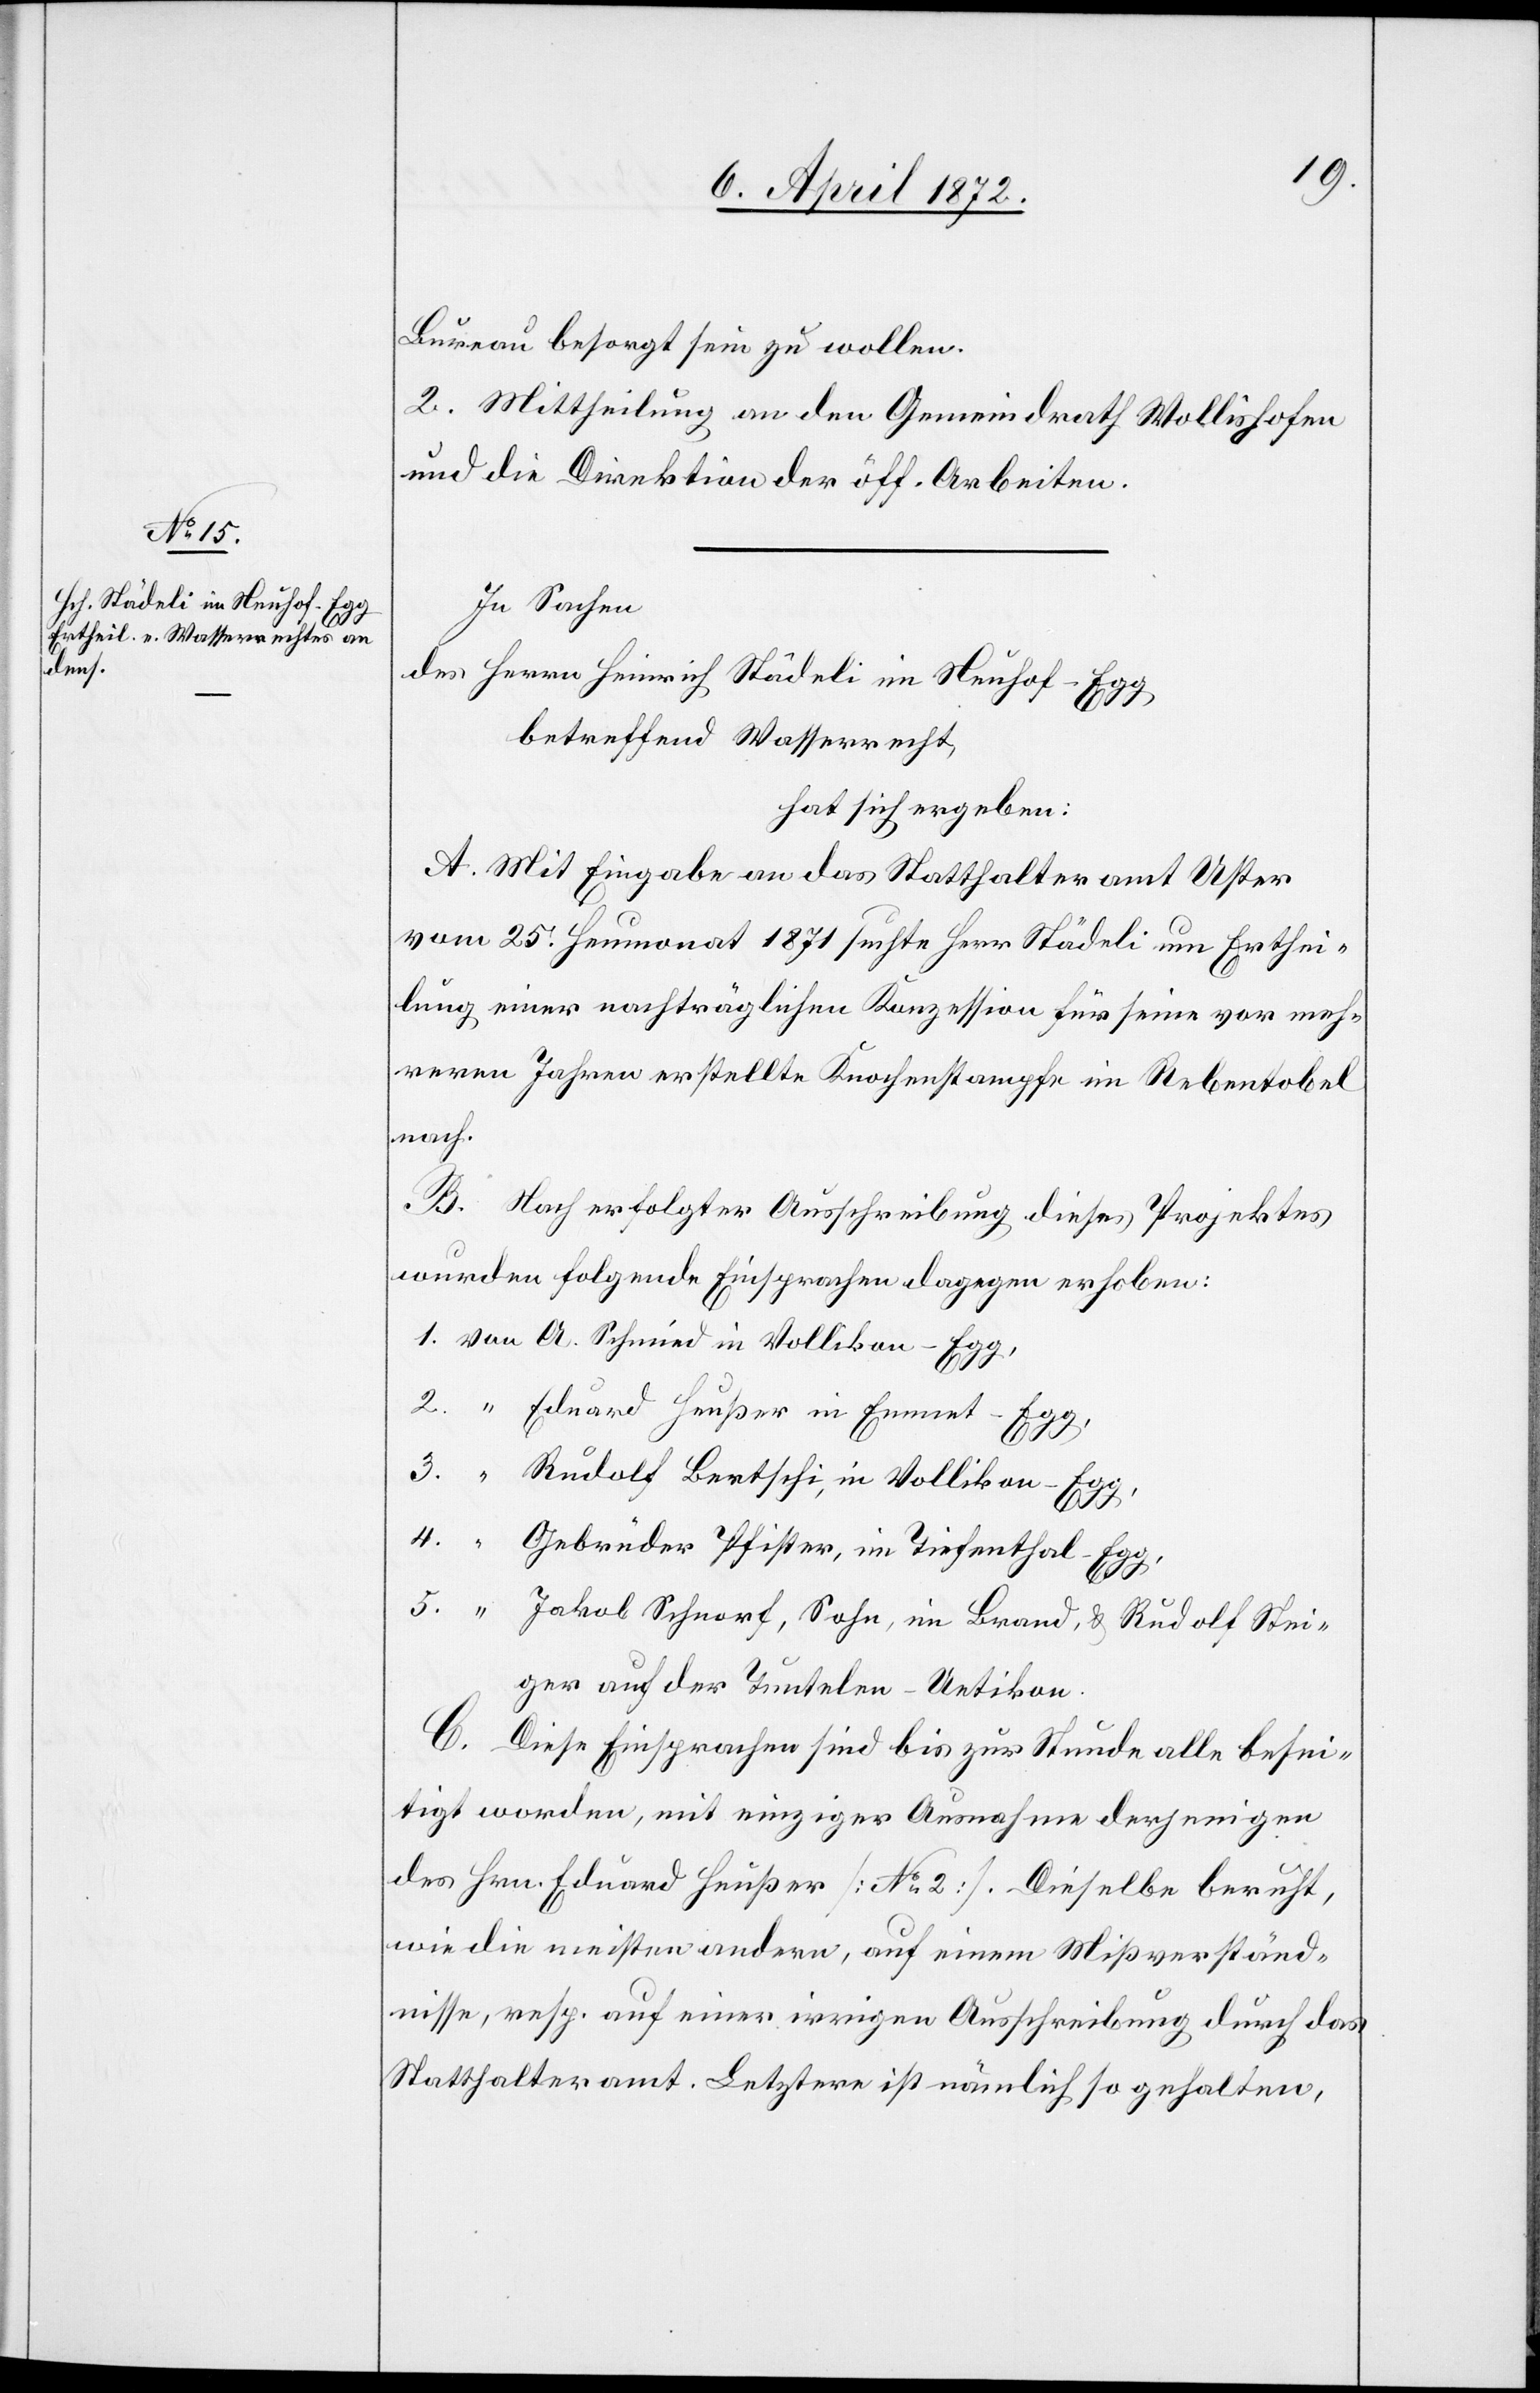
Bureau besorgt sein zu wollen.
2. Mittheilung an den Gemeindrath Wollishofen
und die Direktion der öff. Arbeiten.